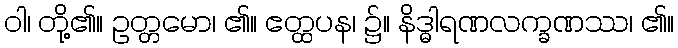
ဝါ၊ တို့၏။ ဥတ္တမော၊ ၏။ ဧတ္ထပန၊ ၌။ နိဒ္ဓါရဏလက္ခဏဿ၊ ၏။